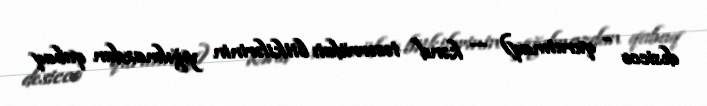
desicco - qurutmaq) — kənd təsərrüfatı bitkilərinin yığılmazdan qabaq